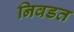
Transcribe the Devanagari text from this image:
निवडत